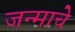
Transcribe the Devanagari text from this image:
जन्माचेे